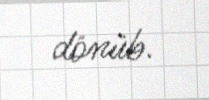
dönüb.